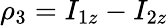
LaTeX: \rho_{3}=I_{1z}-I_{2z}